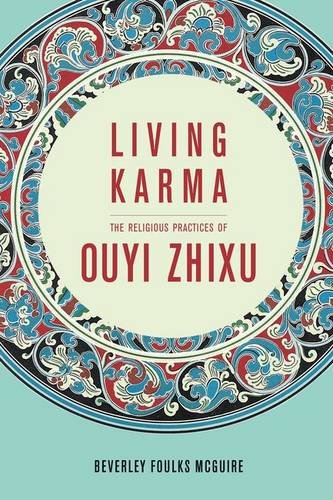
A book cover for Living Karma: The Religious Practices of Ouyi Zhixu (The Sheng Yen Series in Chinese Buddhist Studies); Beverley Foulks McGuire; Religion & Spirituality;